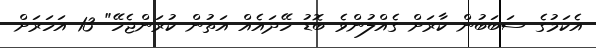
އެކަމުގެ ސަބަބުން ކާރަށް ގެއްލުންވެ ބޮޑު ހޭދައެއް އަތުން ކުރަންޖެހޭ" 13 އަހަރަށް